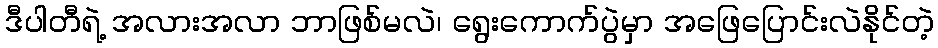
ဒီပါတီရဲ့ အလားအလာ ဘာဖြစ်မလဲ၊ ရွေးကောက်ပွဲမှာ အဖြေပြောင်းလဲနိုင်တဲ့